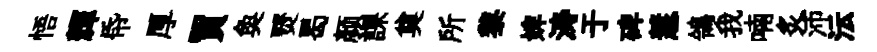
悟輝帋厚買奐燹曷颜課奠所黎婢涛于碑慧鴒我喃炙沛沄